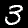
Label: 3